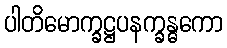
ပါတိမောက္ခဋ္ဌပနက္ခန္ဓကော